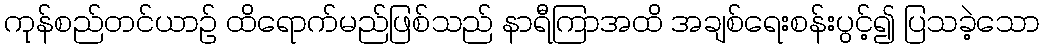
ကုန်စည်တင်ယာဉ် ထိရောက်မည်ဖြစ်သည် နာရီကြာအထိ အချစ်ရေးစန်းပွင့်၍ ပြသခဲ့သော